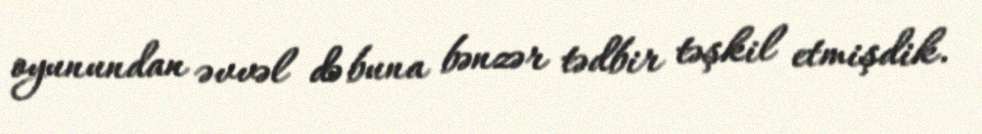
oyunundan əvvəl də buna bənzər tədbir təşkil etmişdik.